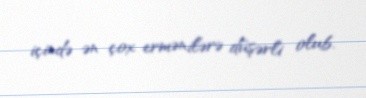
içində ən çox ermənilərə düşərli olub.